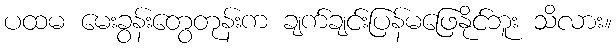
ပထမ မေးခွန်းတွေတုန်းက ချက်ချင်းပြန်မဖြေနိုင်ဘူး သိလား။